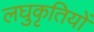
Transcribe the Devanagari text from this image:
लघुकृतियों